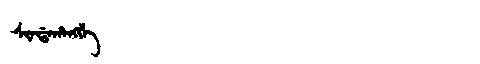
Manchu: ᠰᡳᠨᡩᠠᡥᠠᠩᡤᡝ
Romanization: SINDAHANGGE